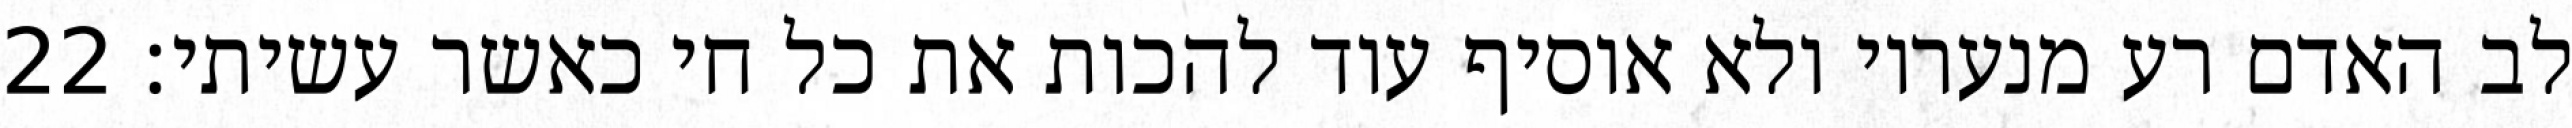
לב האדם רע מנעריו ולא אוסיף עוד להכות את כל חי כאשר עשיתי׃ ‎22‏